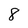
Character: 8